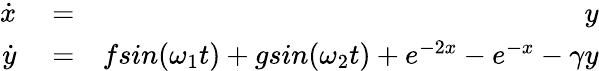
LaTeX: \begin{array}{rlr}{\dot{x}}&{{}=}&{y}\\ {\dot{y}}&{{}=}&{fsin(\omega_{1}t)+gsin(\omega_{2}t)+e^{-2x}-e^{-x}-\gamma y}\end{array}